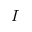
I